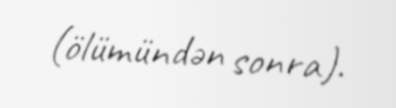
(ölümündən sonra).